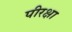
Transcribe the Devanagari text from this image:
पीरक्षा